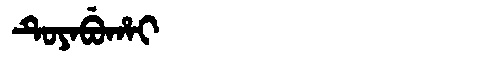
Manchu: ᡨᡠᠶᠠᠪᡠᡥᠠᡳ
Romanization: TUYABUHAI